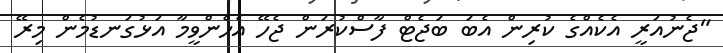
"ޖެނުއަރީ އެކެއްގެ ކުރިން އެބަ ބަޖެޓް ފާސްކުރަން ޖެހޭ އެހެންވީމާ އަޅުގަނޑުމެން މިރޭ